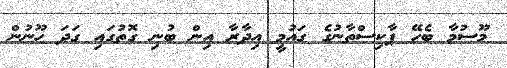
މޫސުމާ ބެހޭ ޕާކިސްތާނުގެ ގައުމީ އިދާރާ އިން ބުނި ގޮތުގައި ގަދަ ހޫނުން